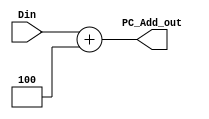
`timescale 1ns / 1ps
//////////////////////////////////////////////////////////////////////////////////
// Company: 
// Engineer: 
// 
// Design Name: 
// Module Name: PC_Add
// Project Name: 
// Target Devices: 
// Tool Versions: 
// Description: 
// 
// Dependencies: 
// 
// Revision:
// Revision 0.01 - File Created
// Additional Comments:
// 
//////////////////////////////////////////////////////////////////////////////////


module PC_Add(
    input [31:0] Din,
    output [31:0] PC_Add_out
    );
    
    assign PC_Add_out = Din + 32'b0100;
    
endmodule